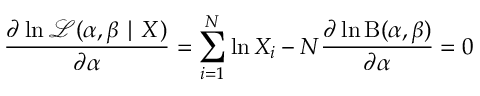
{ \frac { \partial \ln { \mathcal { L } } ( \alpha , \beta \mid X ) } { \partial \alpha } } = \sum _ { i = 1 } ^ { N } \ln X _ { i } - N { \frac { \partial \ln \mathrm { B } ( \alpha , \beta ) } { \partial \alpha } } = 0